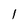
Character: 1